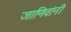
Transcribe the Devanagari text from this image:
जाणिवांनी